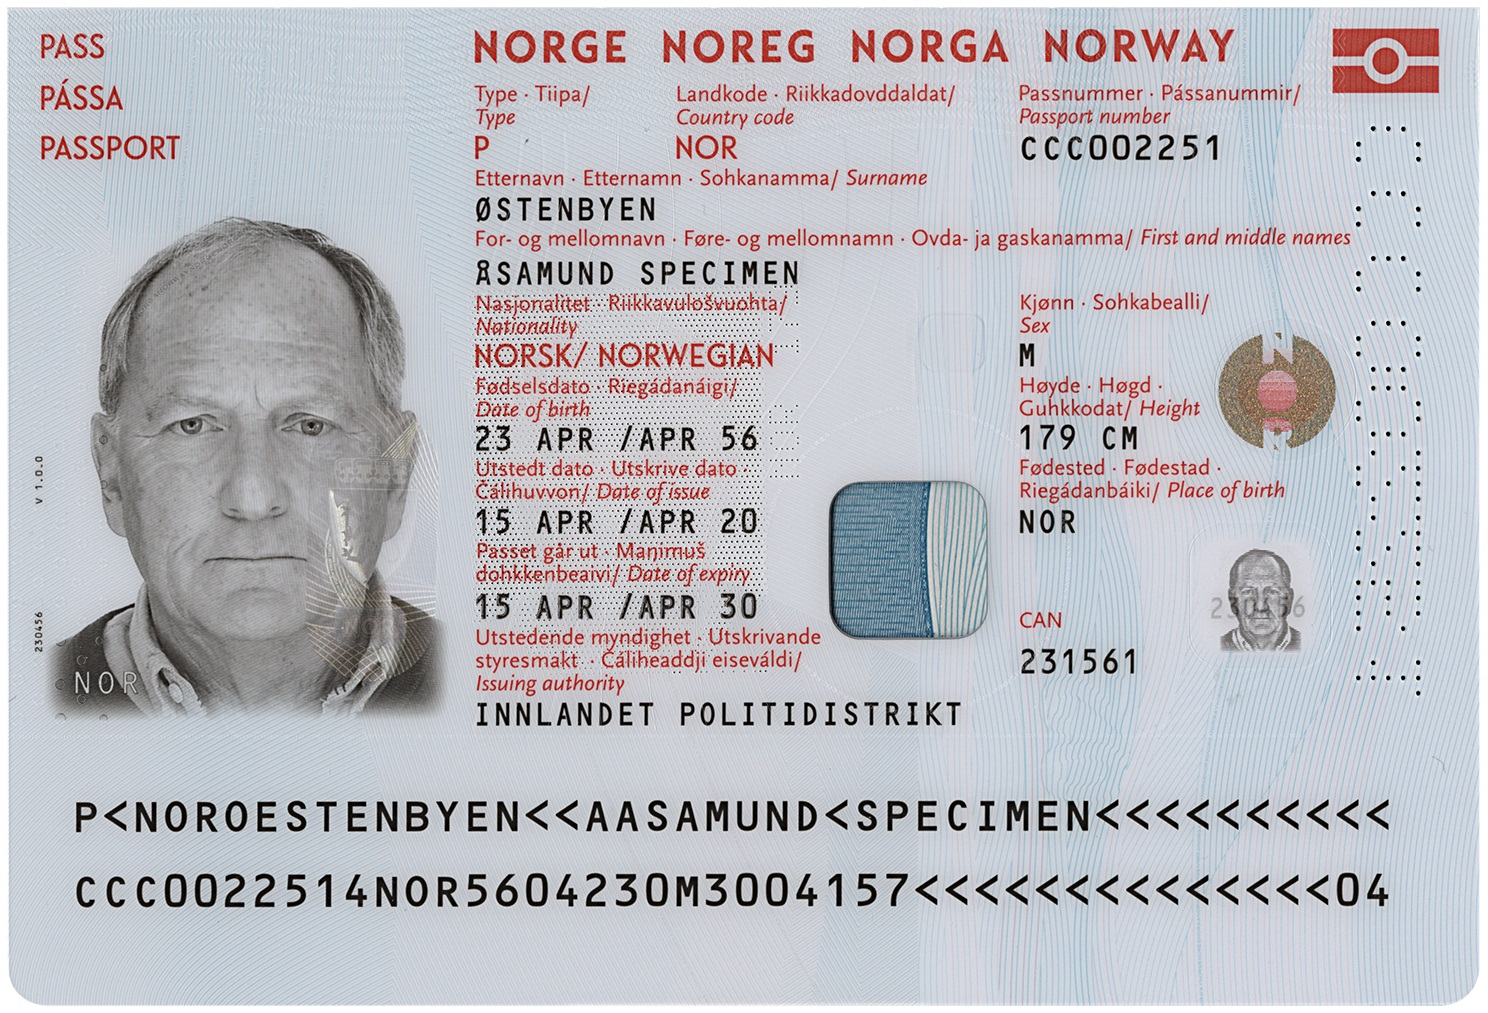
Language: no